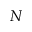
N